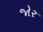
જોર